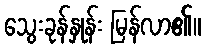
သွေးခုန်နှုန်း မြန်လာ၏။